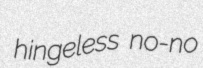
hingeless no-no